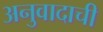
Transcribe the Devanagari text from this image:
अनुवादाची